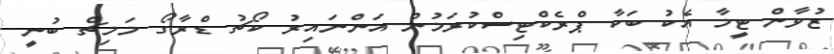
ޒުވާން ޓީމާ އެކު ބަކާ ޕްރެކްޓިސްކުރަމުން އަންނައިރު ކޯޗު ޑްރާގޯ މަމިޗް ބުނީ